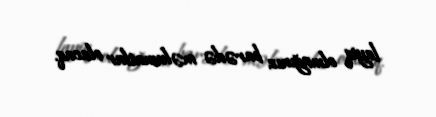
layiq olmağınız barədə məlumatlar olacaq.